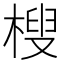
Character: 㮴